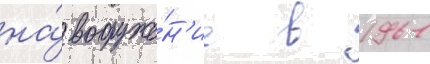
на́ вооруже́н'ие в 1961